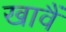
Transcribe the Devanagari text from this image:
खावैं